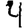
Digit: 4